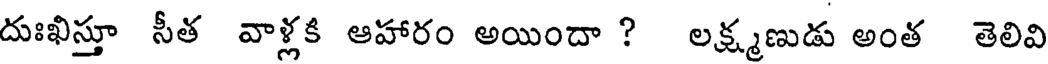
దుఃఖిస్తూ సీత వాళ్లకి ఆహారం అయిందా ? లక్ష్మణుడు అంత తెలివి